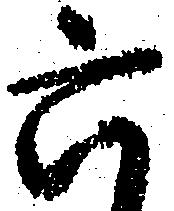
六